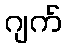
ဂျက်